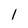
Character: 1